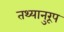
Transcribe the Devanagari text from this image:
तथ्यानुरूप